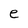
Character: e